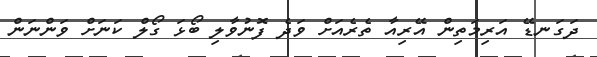
ދަގަނޑޭ އަރިމަތިން އޭރިއާ ތެރެއަށް ވަދެ ފޮނުވާލި ބޯޅަ ގޯލް ކަނަށް ވަންނަން